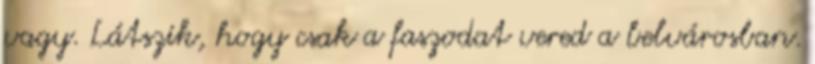
vagy. Látszik, hogy csak a faszodat vered a belvárosban.